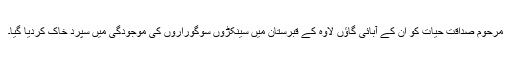
مرحوم صداقت حیات کو ان کے آبائی گاؤں لاوہ کے قبرستان میں سینکڑوں سوگوراروں کی موجودگی میں سپرد خاک کردیا گیا۔